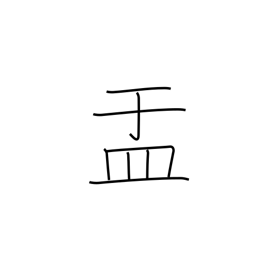
Meaning: bowl